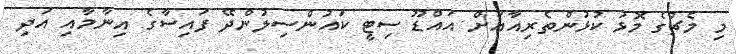
މި މެޗުގެ މޮޅު ކުޅުންތެރިއާއަށް އައްޑޫ ސިޓީ ކައުންސިލުންދޭ ފައިސާގެ އިނާމާއި އަދި